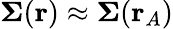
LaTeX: \mathbf{\Sigma}(\mathbf{r})\approx\mathbf{\Sigma}(\mathbf{r}_{A})